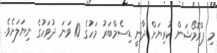
މި ޕްރޮމޯޝަން ކުރިޔަށް ދާނީ ޑިސެމްބަރު މަހުގެ 10 ވަނަ ދުވަހުގެ ނިޔަލަށެވެ.